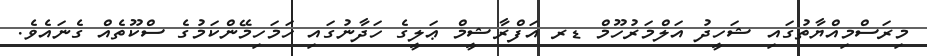
މިރަސްމިއްޔާތުގައި ޝަހީދު އަލްމަރުހޫމް ޑރ އަފްރާޝީމް ޢަލީގެ ހަދާނުގައި ހަމަހިމޭންކަމުގެ ސްކޫތެއް ގެނައެވެ.